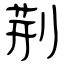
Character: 荆